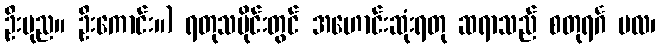
ဦးပုည။ ဦးကောင်း။) ရတုသမိုင်းတွင် အဟောင်းဆုံးရတု ဆရာသည် စတုရင်္ဂ ဗလ၊